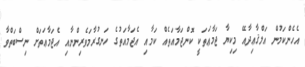
އެހެންކަމުން އަލްޤާޢިދާއޭ މިކިޔާ ޖަމާޢަތަކީ ކޮންޖަމާއަތެއް ކަމާއި އެޖަމާއަތުގެ ހަނގުރާމަވެރިންނާއި އެޖަމާޢަތަށް ނިސްބަތްވާ